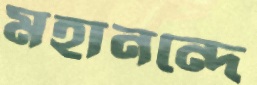
মহানন্দে